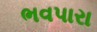
ભવપારા